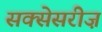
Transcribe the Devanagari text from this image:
सक्सेसरीज़